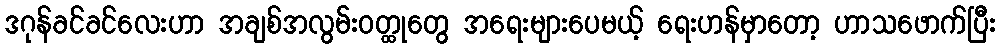
ဒဂုန်ခင်ခင်လေးဟာ အချစ်အလွမ်းဝတ္ထုတွေ အရေးများပေမယ့် ရေးဟန်မှာတော့ ဟာသဖောက်ပြီး